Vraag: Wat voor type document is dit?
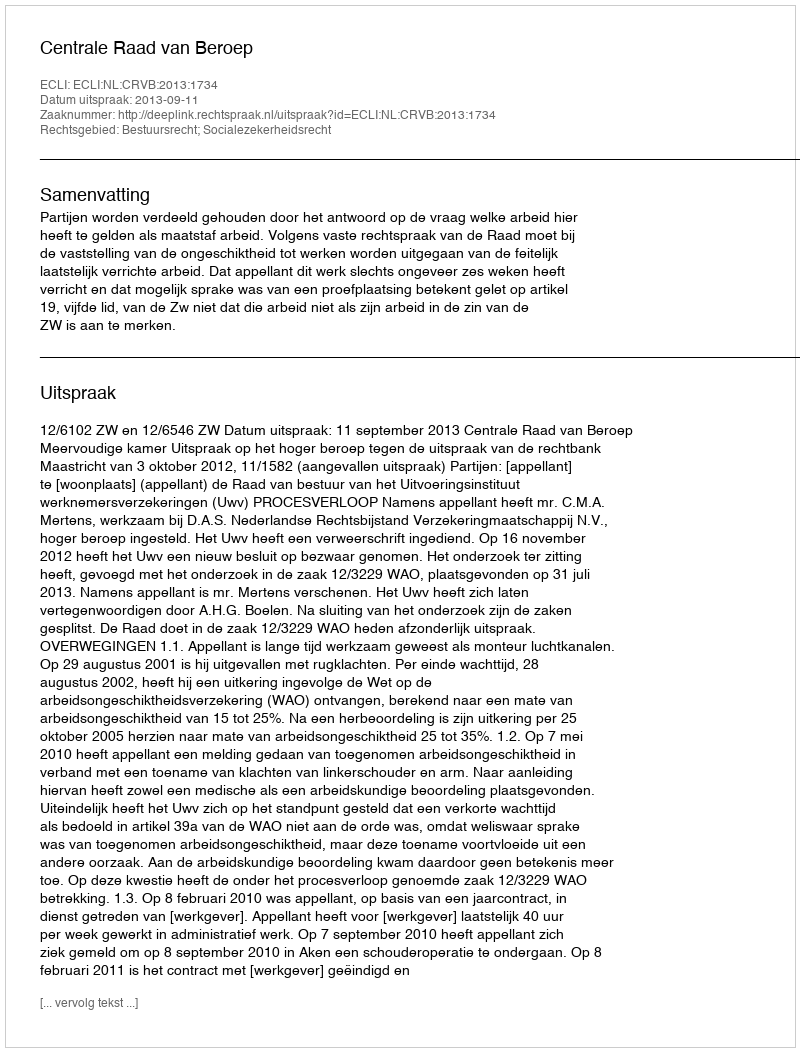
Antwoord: Uitspraak